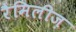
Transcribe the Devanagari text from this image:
रैमिलीज़